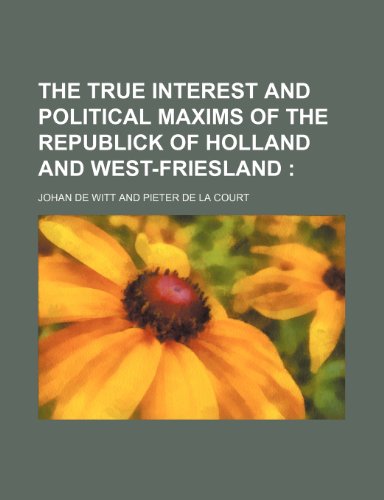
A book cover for The True Interest and Political Maxims of the Republick of Holland and West-Friesland; Johan De Witt; History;